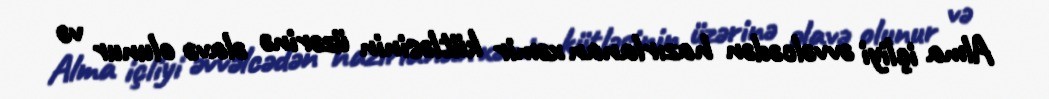
Alma içliyi əvvəlcədən hazırlanan xəmir kütləsinin üzərinə əlavə olunur və